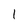
Character: 1